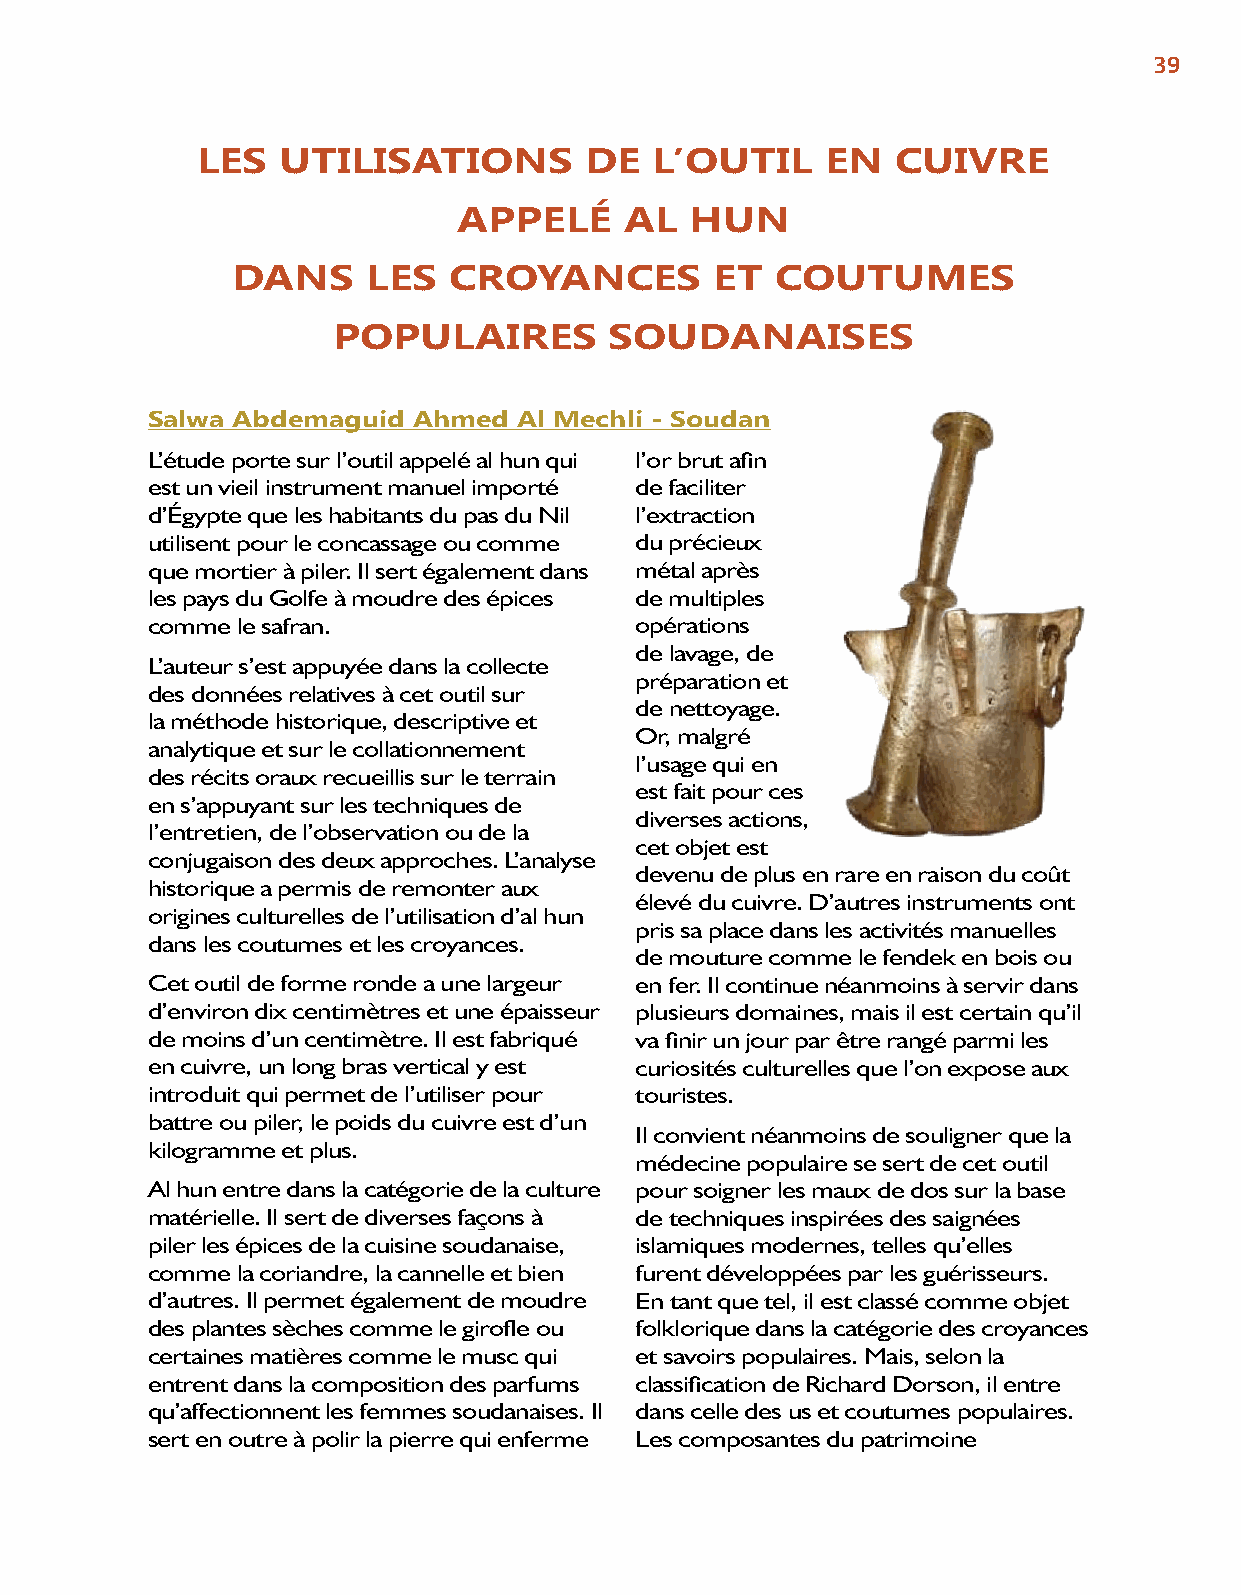
39
 LES   UTILISATIONS        DE  L’OUTIL     EN  CUIVRE
 APPELÉ     AL   HUN
 DANS     LES   CROYANCES        ET  COUTUMES
 POPULAIRES        SOUDANAISES
 Salwa Abdemaguid Ahmed  Al Mechli - Soudan
 L’étude porte sur l’outil appelé al hun qui l’or brut afin
 est un vieil instrument manuel importé de faciliter
 d’Égypte que les habitants du pas du Nil l’extraction
 utilisent pour le concassage ou comme du précieux
 que mortier à piler. Il sert également dans métal après
 les pays du Golfe à moudre des épices de multiples
 comme le safran.                opérations
 de lavage, de
 L’auteur s’est appuyée dans la collecte
 préparation et
 des données relatives à cet outil sur
 de nettoyage.
 la méthode historique, descriptive et
 Or, malgré
 analytique et sur le collationnement
 l’usage qui en
 des récits oraux recueillis sur le terrain
 est fait pour ces
 en s’appuyant sur les techniques de
 diverses actions,
 l’entretien, de l’observation ou de la
 cet objet est
 conjugaison des deux approches. L’analyse
 devenu de plus en rare en raison du coût
 historique a permis de remonter aux
 élevé du cuivre. D’autres instruments ont
 origines culturelles de l’utilisation d’al hun
 pris sa place dans les activités manuelles
 dans les coutumes et les croyances.
 de mouture comme le fendek en bois ou
 Cet outil de forme ronde a une largeur en fer. Il continue néanmoins à servir dans
 d’environ dix centimètres et une épaisseur plusieurs domaines, mais il est certain qu’il
 de moins d’un centimètre. Il est fabriqué va finir un jour par être rangé parmi les
 en cuivre, un long bras vertical y est curiosités culturelles que l’on expose aux
 introduit qui permet de l’utiliser pour touristes.
 battre ou piler, le poids du cuivre est d’un
 Il convient néanmoins de souligner que la
 kilogramme et plus.
 médecine populaire se sert de cet outil
 Al hun entre dans la catégorie de la culture pour soigner les maux de dos sur la base
 matérielle. Il sert de diverses façons à de techniques inspirées des saignées
 piler les épices de la cuisine soudanaise, islamiques modernes, telles qu’elles
 comme la coriandre, la cannelle et bien furent développées par les guérisseurs.
 d’autres. Il permet également de moudre En tant que tel, il est classé comme objet
 des plantes sèches comme le girofle ou folklorique dans la catégorie des croyances
 certaines matières comme le musc qui et savoirs populaires. Mais, selon la
 entrent dans la composition des parfums classification de Richard Dorson, il entre
 qu’affectionnent les femmes soudanaises. Il dans celle des us et coutumes populaires.
 sert en outre à polir la pierre qui enferme Les composantes du patrimoine